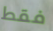
فقط